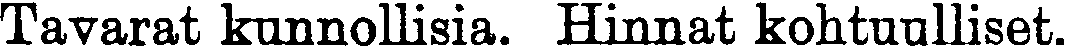
Tavarat kunnollisia. Hinnat kohtuulliset.